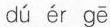
dú ér gē